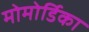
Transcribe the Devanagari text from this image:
मोमोर्डिका